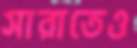
সারাতেও